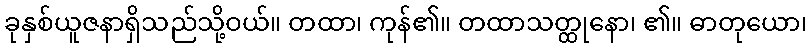
ခုနှစ်ယူဇနာရှိသည်သို့ဝယ်။ တထာ၊ ကုန်၏။ တထာသတ္ထုနော၊ ၏။ ဓာတုယော၊